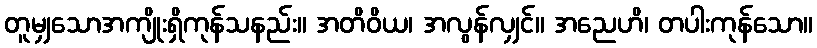
တူမျှသောအကျိုးရှိကုန်သနည်း။ အတိဝိယ၊ အလွန်လျှင်။ အညေဟိ၊ တပါးကုန်သော။